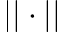
| | \cdot | |